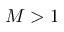
M > 1